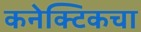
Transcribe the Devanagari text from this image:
कनेक्टिकचा